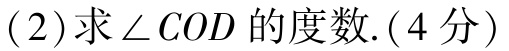
(2)求\(\angle COD\)的度数.(4分)